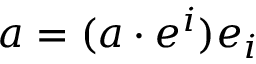
a = ( a \cdot e ^ { i } ) e _ { i }